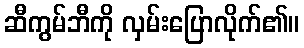
ဆီကွမ်ဘီကို လှမ်းပြောလိုက်၏။